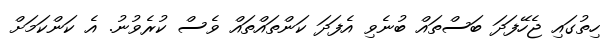
ހިތުގައި ޖެހޭފަދަ ބަސްތައް ބުނެވި އެފަދަ ކަންތައްތައް ވެސް ކުރެވުނު. އެ ކަންކަމަށް